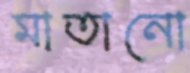
মাতানো